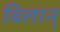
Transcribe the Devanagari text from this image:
विलान्